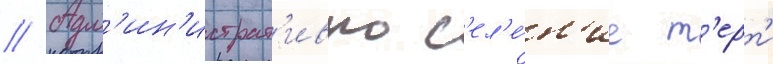
// Адм'ин'истрат'ивно с'ел'е́н'ие т'ерт'и